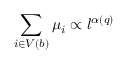
\sum _ { i \in V ( b ) } \mu _ { i } \propto l ^ { \alpha ( q ) }